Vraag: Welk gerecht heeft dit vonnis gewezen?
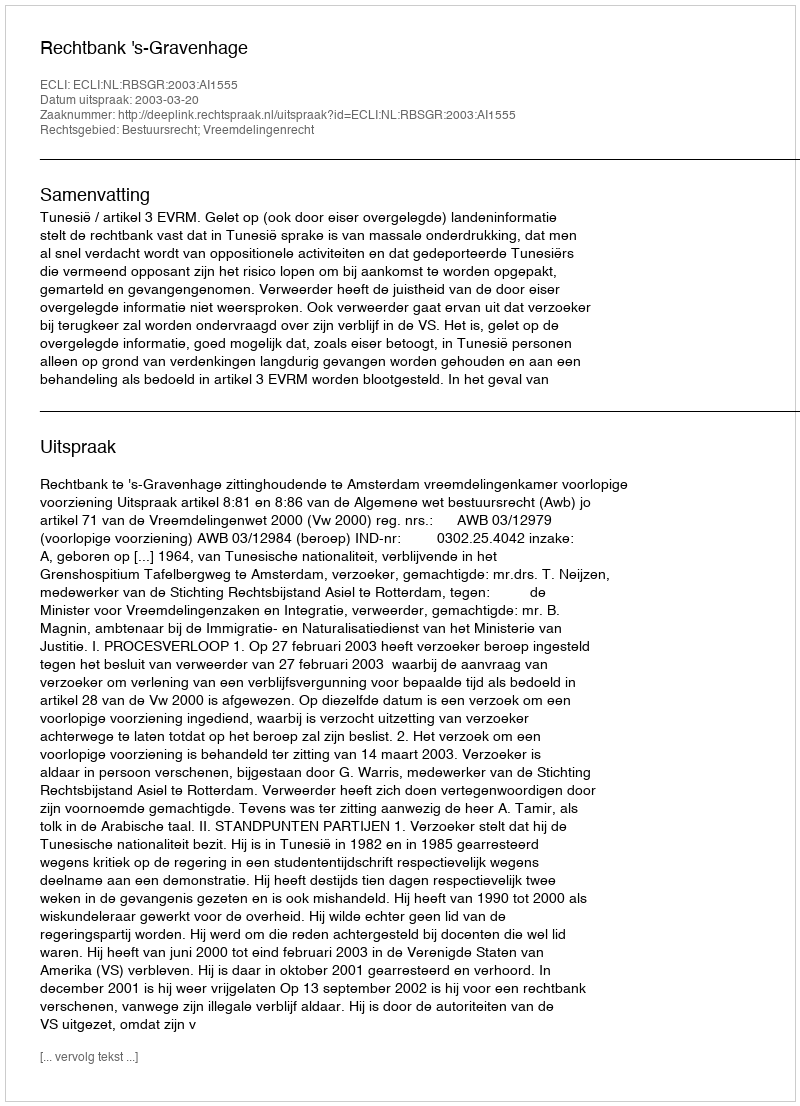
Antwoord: Rechtbank 's-Gravenhage